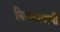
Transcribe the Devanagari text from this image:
बिनकामाची